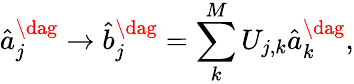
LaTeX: \hat{a}_{j}^{\dag}\rightarrow\hat{b}_{j}^{\dag}=\sum_{k}^{M}U_{j,k}\hat{a}_{k}^{\dag},